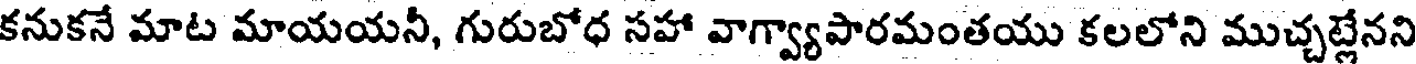
కనుకనే మాట మాయయనీ, గురుబోధ సహా వాగ్వ్యాపారమంతయు కలలోని ముచ్చట్లేనని